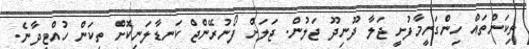
ތިކަންތައް ހިންގަނީމާފުށީ ޖަލާ ދޫނިދޫ ޖަލުން. ޖަލަށް ފޯނުރޭންޖް ކަނޑާލަނިކޮށް ތިކަން ހުއްޓިދާނެ.